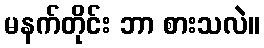
မနက်တိုင်း ဘာ စားသလဲ။